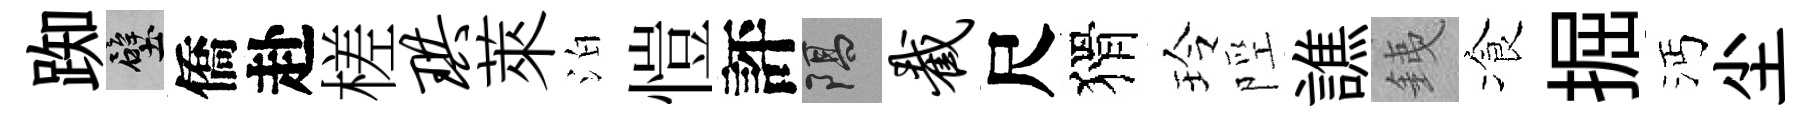
踟壁僑赴槎珙萊泊愷評隔截尺猾玲陘譙銕飡掘沔尘